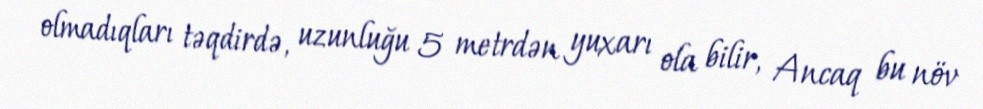
olmadıqları təqdirdə, uzunluğu 5 metrdən yuxarı ola bilir, Ancaq bu növ